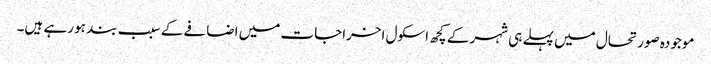
موجودہ صورتحال میں پہلے ہی شہر کے کچھ اسکول اخراجات میں اضافے کے سبب بند ہو رہے ہیں۔